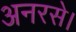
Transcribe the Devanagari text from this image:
अनरसे।